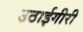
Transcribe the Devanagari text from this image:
उठाईगीरी